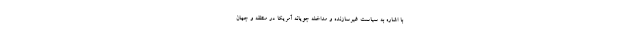
با اشاره به سیاست غیرسازنده ‌و مداخله جویانه آمریکا در منطقه و جهان